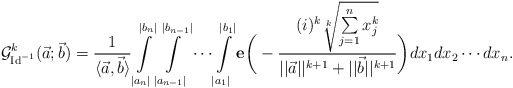
\begin{align*}\mathcal{G}^k_{\mathrm{Id}^{-1}}(\vec{a};\vec{b})=\frac{1}{\langle \vec{a},\vec{b}\rangle}\int \limits_{|a_n|}^{|b_n|} \int \limits_{|a_{n-1}|}^{|b_{n-1}|}\cdots \int \limits_{|a_1|}^{|b_1|}\mathbf{e}\bigg(-\frac{(i)^k\sqrt[k]{\sum \limits_{j=1}^{n}x^k_j}}{||\vec{a}||^{k+1}+||\vec{b}||^{k+1}}\bigg)dx_1dx_2\cdots dx_n. \end{align*}